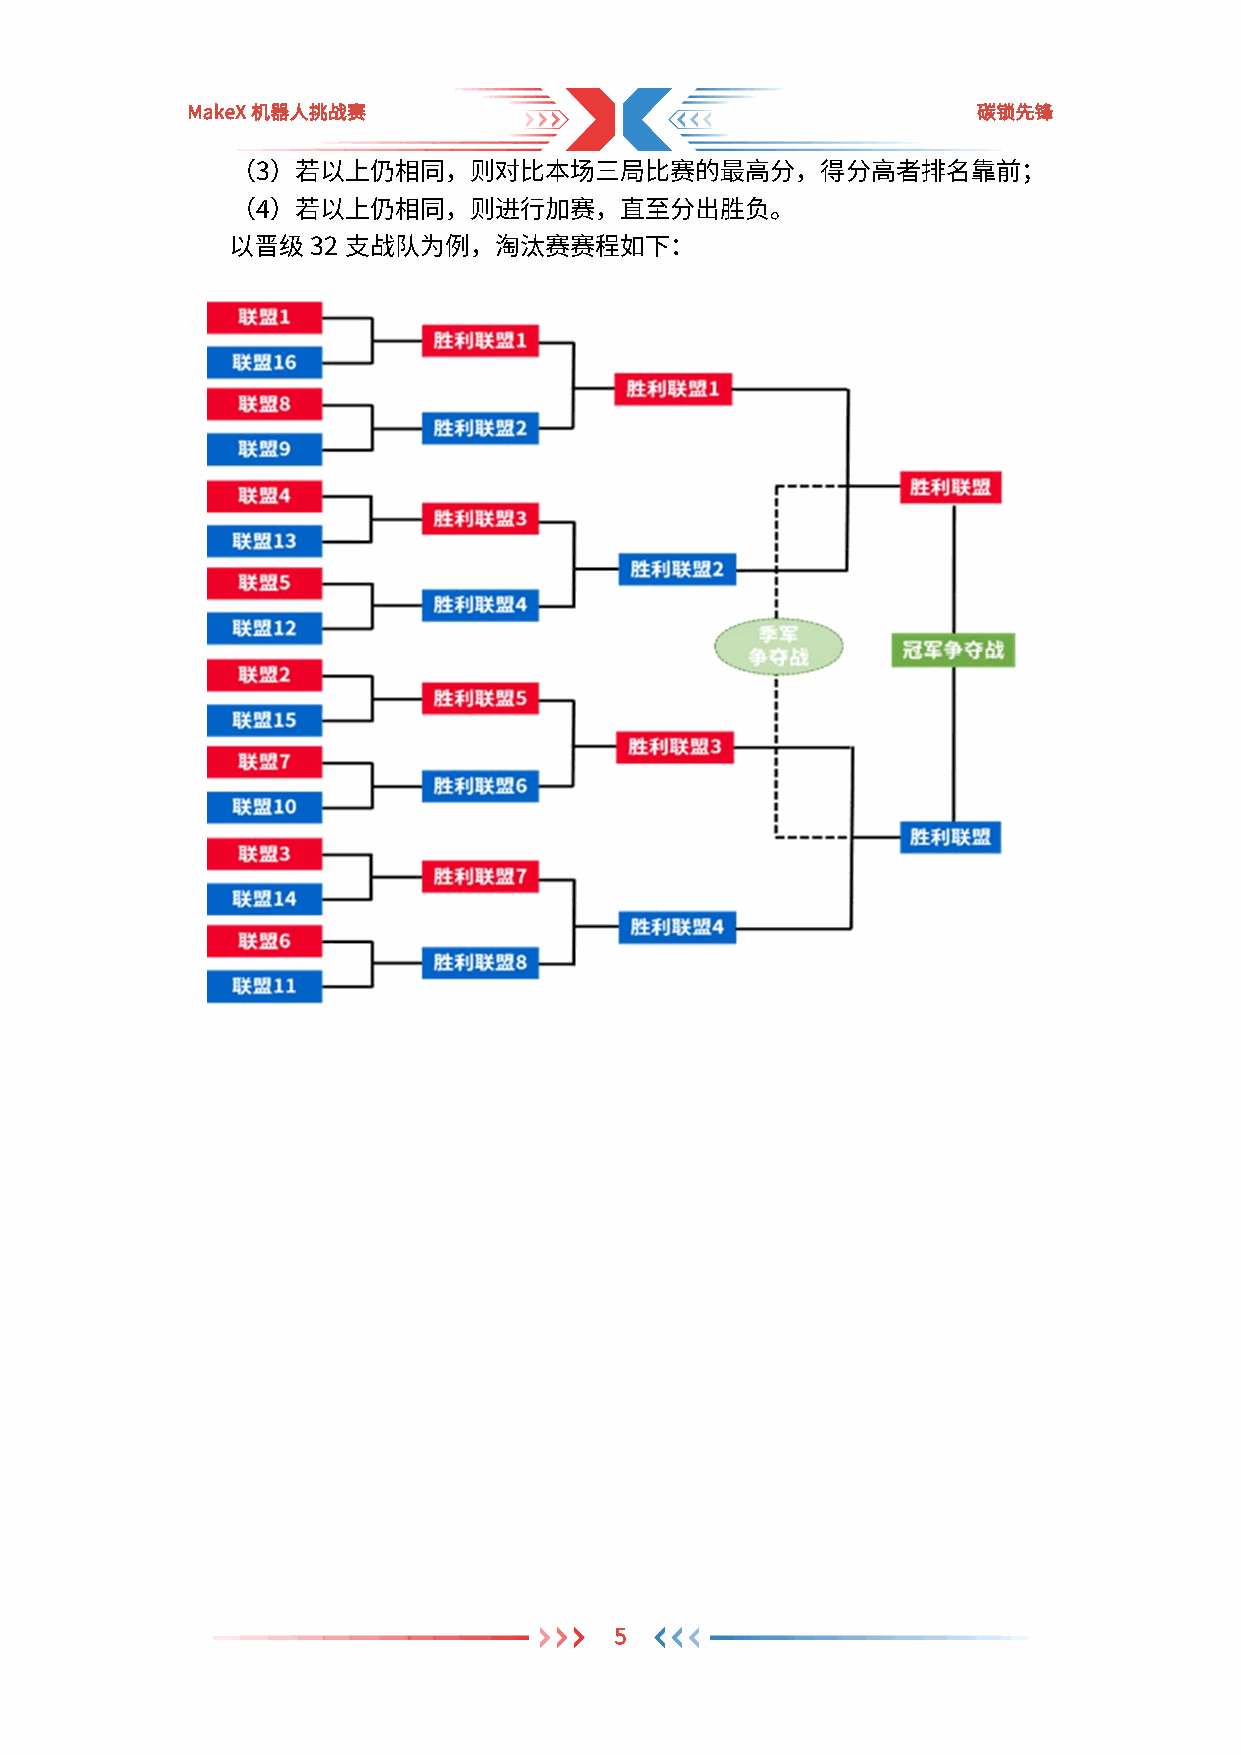
MakeX机器人挑战赛                                          碳锁先锋
 （3）若以上仍相同，则对比本场三局比赛的最高分，得分高者排名靠前；
 （4）若以上仍相同，则进行加赛，直至分出胜负。
 以晋级32   支战队为例，淘汰赛赛程如下：
 5